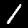
Label: 1